Scottish Certificate of Education, 1963
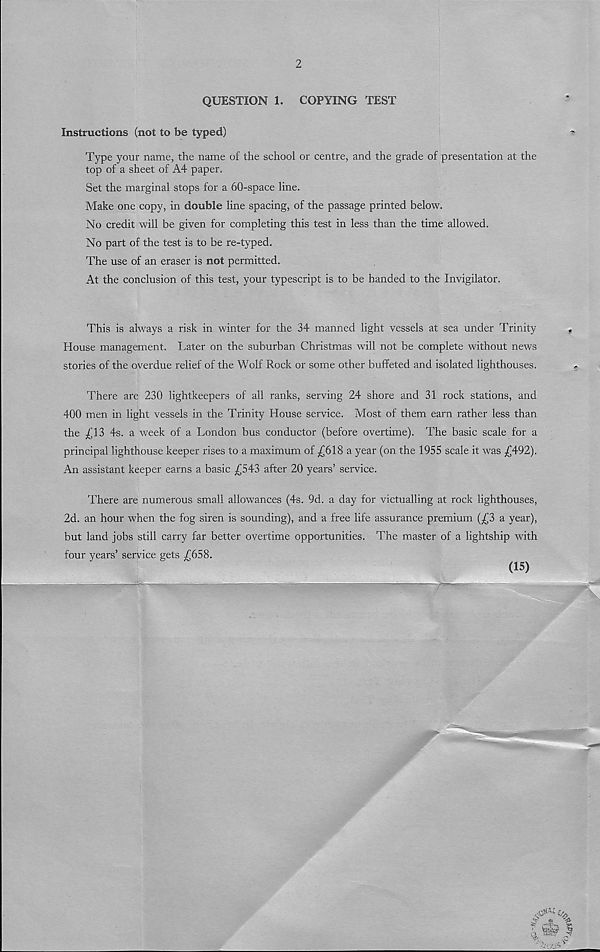
2
QUESTION 1.
COPYING TEST
Instructions (not to be typed)
Type your name, the name of the school or centre, and the grade of presentation at the
top of a sheet of A4 paper.
Set the marginal stops for a 60-space line.
Make one copy, in double line spacing, of the passage printed below.
No credit will be given for completing this test in less than the time allowed.
No part of the test is to be re-typed.
The use of an eraser is not permitted.
At the conclusion of this test, your typescript is to be handed to the Invigilator.
This is always a risk in winter for the 34 manned light vessels at sea under Trinity
House management. Later on the suburban Christmas will not be complete without news
stories of the overdue relief of the Wolf Rock or some other buffeted and isolated lighthouses.
There are 230 lightkeepers of all ranks, serving 24 shore and 31 rock stations, and
400 men in light vessels in the Trinity House service. Most of them earn rather less than
the £13 4s. a week of a London bus conductor (before overtime). The basic scale for a
principal lighthouse keeper rises to a maximum of £618 a year (on the 1955 scale it was £492).
An assistant keeper earns a basic £543 after 20 years’ service.
There are numerous small allowances (4s. 9d. a day for victualling at rock lighthouses,
2d. an hour when the fog siren is sounding), and a free life assurance premium (£3 a year),
but land jobs still carry far better overtime opportunities. The master of a lightship with
four years’ service gets £658.
(15)
4?
6,
C
db